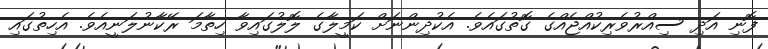
ފޮނި އަދި ސިއްރުވެރިކުއްޖެއްގެ ގޮތުގައެވެ. އެކުދިންނަށް ކަމީލާގެ ލޮލުގައިވާ ހިތާމަ ރޭކާނުލަނީއެވެ. އެހިތުގައި